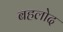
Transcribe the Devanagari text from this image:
बहलोद